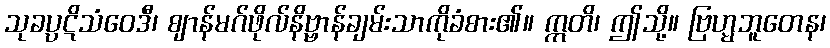
သုခပ္ပဋိသံဝေဒီ၊ ဈာန်မဂ်ဖိုလ်နိဗ္ဗာန်ချမ်းသာကိုခံစား၏။ ဣတိ၊ ဤသို့။ ဗြဟ္မဘူတေန၊